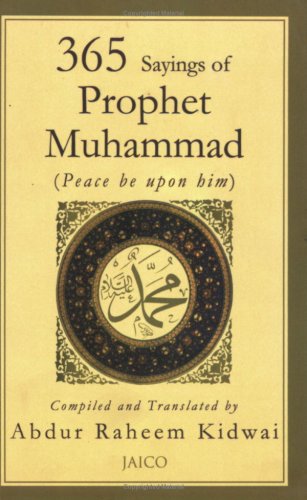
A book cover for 365 Sayings of Prophet Muhammad; Compiled and Translated by Abdur Rehaman Kidwai; Religion & Spirituality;